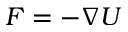
F = - \nabla U